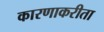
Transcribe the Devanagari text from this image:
कारणाकरीता